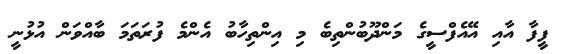
ފީފާ އާއި އޭއެފްސީގެ މަންދޫބުންތިބެ މި އިންތިހާބު އެންމެ ފުރަތަމަ ބާއްވަން އުޅުނީ